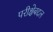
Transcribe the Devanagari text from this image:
परीक्षेबद्दल